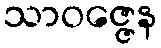
သာဝဇ္ဇေန